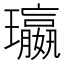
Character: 𮴺